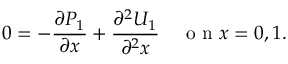
0 = - \frac { \partial P _ { 1 } } { \partial x } + \frac { \partial ^ { 2 } U _ { 1 } } { \partial ^ { 2 } x } \quad \mathrm { ~ o ~ n ~ } x = 0 , 1 .